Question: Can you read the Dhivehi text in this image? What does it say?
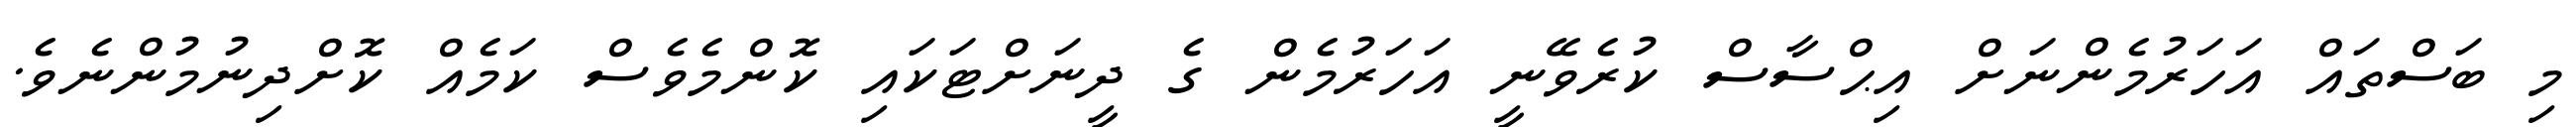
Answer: މި ބަސްތައް އަހަރުމެންނަށް އިޙްސާސް ކުރެވޭނީ އަހަރުމެން ގެ ދީނަށްޓަކައި ކޮންމެވެސް ކަމެއް ކޮށްދިނުމުންނެވެ.